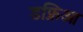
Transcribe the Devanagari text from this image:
डफ्निआ